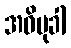
အဝိမုခါ